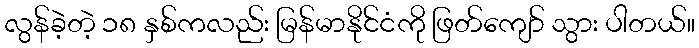
လွန်ခဲ့တဲ့ ၁၈ နှစ်ကလည်း မြန်မာနိုင်ငံကို ဖြတ်ကျော် သွား ပါတယ်။